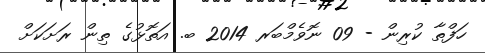
ހަފްތާ ކުރިން - 09 ނޮވެމްބަރ 2014 ބ. އަތޮޅުގެ ތިން ރަަށަކަށް